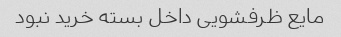
مایع ظرفشویی داخل بسته خرید نبود